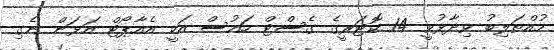
މުއްތަލިބު ވިދާޅުވީ 14 ކޮޓަރީގެ ގެސްޓް ހައުސް އަކީ އެއާޕޯޓް އަޅަން ނެގި